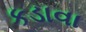
કડાવા